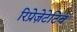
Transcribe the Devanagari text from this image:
रिप्रेज़ेटेटिव